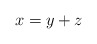
\begin{align*}x = y+z\end{align*}